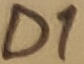
Text: D1